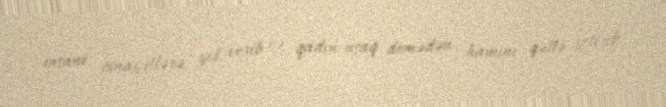
insani cinayətlərə yol verib və qadın-uşaq demədən hamını qətlə yetirib.